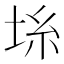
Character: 𡋔